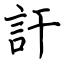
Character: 訐